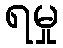
ရမှု